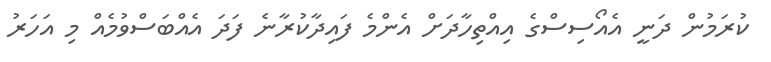
ކުރަމުން ދަނީ އެއޯސިސްގެ އިއްތިހާދަށް އެންމެ ފައިދާކުރާނެ ފަދަ އެއްބަސްވުމެއް މި އަހަރު